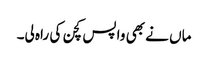
ماں نے بھی واپس کچن کی راہ لی۔